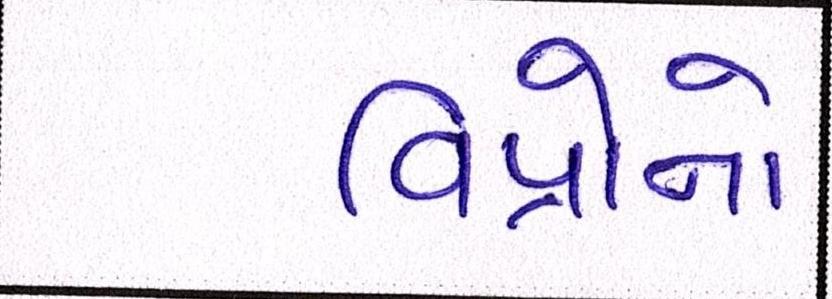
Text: વિપ્રોનો